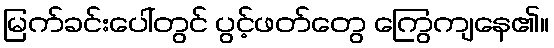
မြက်ခင်းပေါ်တွင် ပွင့်ဖတ်တွေ ကြွေကျနေ၏။